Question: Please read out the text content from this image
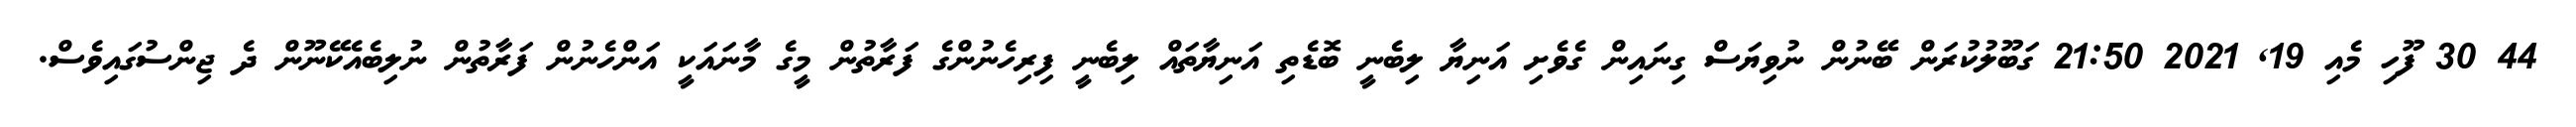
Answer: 44 30 ފޫހި މެއި 19, 2021 21:50 ގަބޫލުކުރަން ބޭނުން ނުވިޔަސް ގިނައިން ގެވެށި އަނިޔާ ލިބެނީ ބޮޑެތި އަނިޔާތައް ލިބެނީ ފިރިހެނުންގެ ފަރާތުން މީގެ މާނައަކީ އަންހެނުން ފަރާތުން ނުލިބެއެކޭނޫން ދެ ޖިންސުގައިވެސް.